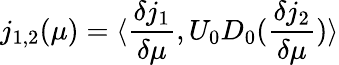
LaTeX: j_{1,2}(\mu)=\langle\frac{\delta j_{1}}{\delta\mu},U_{0}D_{0}(\frac{\delta j_{2}}{\delta\mu})\rangle